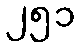
၂၅၁